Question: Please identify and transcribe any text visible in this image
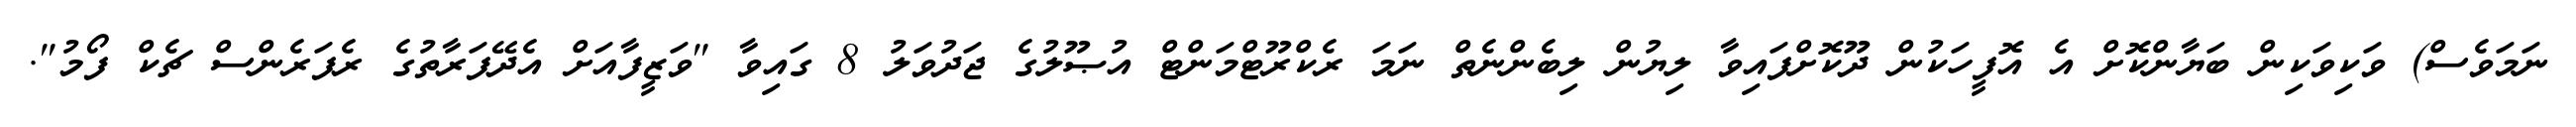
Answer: ނަމަވެސް) ވަކިވަކިން ބަޔާންކޮށް އެ އޮފީހަކުން ދޫކޮށްފައިވާ ލިޔުން ލިބެންނެތް ނަމަ ރެކްރޫޓްމަންޓް އުޞޫލުގެ ޖަދުވަލު 8 ގައިވާ "ވަޒީފާއަށް އެދޭފަރާތުގެ ރެފަރެންސް ޗެކް ފޯމު".